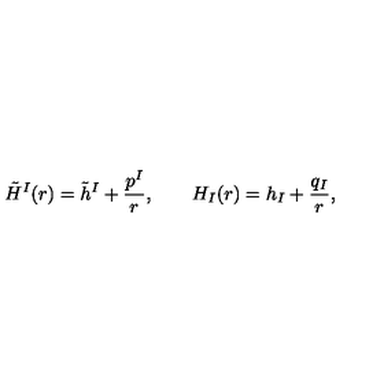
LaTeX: \tilde { H } ^ { I } ( r ) = \tilde { h } ^ { I } + { \frac { p ^ { I } } { r } } , \qquad H _ { I } ( r ) = h _ { I } + { \frac { q _ { I } } { r } } ,